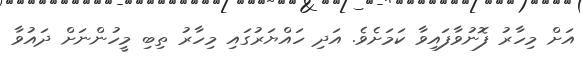
އަށް މިހާރު ފޮނުވާފައިވާ ކަމަށެވެ. އަދި ހައްޔަރުގައި މިހާރު ތިބި މީހުންނަށް ދައުވާ